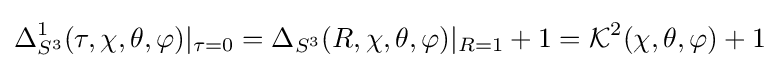
\Delta _{S^{3}}^{1}(\tau ,\chi ,\theta ,\varphi )|_{\tau =0}=\Delta _{S^{3}}(R,\chi ,\theta ,\varphi )|_{R=1}+1={\mathcal {K}}^{2}(\chi ,\theta ,\varphi )+1